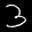
Label: 3